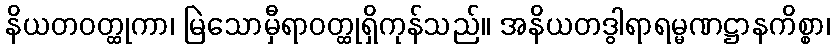
နိယတဝတ္ထုကာ၊ မြဲသောမှီရာဝတ္ထုရှိကုန်သည်။ အနိယတဒွါရာရမ္မဏဋ္ဌာနကိစ္စာ၊